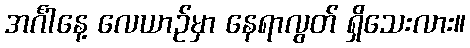
အင်္ဂါနေ့ လေယာဉ်မှာ နေရာလွတ် ရှိသေးလား။